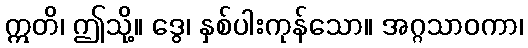
ဣတိ၊ ဤသို့။ ဒွေ၊ နှစ်ပါးကုန်သော။ အဂ္ဂသာဝကာ၊